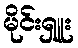
မိုင်းရှူး